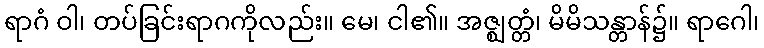
ရာဂံ ဝါ၊ တပ်ခြင်းရာဂကိုလည်း။ မေ၊ ငါ၏။ အဇ္ဈတ္တံ၊ မိမိသန္တာန်၌။ ရာဂေါ၊